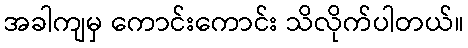
အခါကျမှ ကောင်းကောင်း သိလိုက်ပါတယ်။